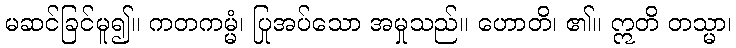
မဆင်ခြင်မူ၍။ ကတကမ္မံ၊ ပြုအပ်သော အမှုသည်။ ဟောတိ၊ ၏။ ဣတိ တသ္မာ၊